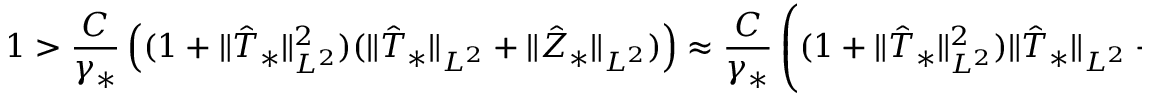
1 > \frac { C } { \gamma _ { * } } \left( ( 1 + \Vert \hat { T } _ { * } \Vert _ { L ^ { 2 } } ^ { 2 } ) ( \Vert \hat { T } _ { * } \Vert _ { { L ^ { 2 } } } + \Vert \hat { Z } _ { * } \Vert _ { { L ^ { 2 } } } ) \right) \approx \frac { C } { \gamma _ { * } } \left( ( 1 + \Vert \hat { T } _ { * } \Vert _ { { L ^ { 2 } } } ^ { 2 } ) \Vert \hat { T } _ { * } \Vert _ { { L ^ { 2 } } } + \frac { \Vert \hat { Z } _ { * } \Vert _ { { L ^ { 2 } } } } { 1 + \Vert \hat { Z } _ { * } \Vert _ { { L ^ { 2 } } } } \right) .